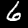
Digit: 6